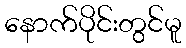
နောက်ပိုင်းတွင်မူ